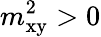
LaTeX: m_{\textrm{xy}}^{2}>0